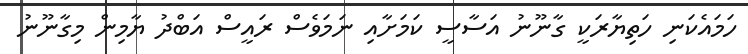
ހަމައެކަނި ހަތިޔާރަކީ ގާނޫނު އަސާސީ ކަމަށާއި ނަމަވެސް ރައީސް އަބްދު ޔާމިން މިގާނޫނު